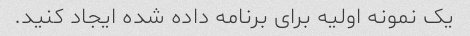
یک نمونه اولیه برای برنامه داده شده ایجاد کنید.